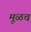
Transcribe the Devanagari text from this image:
मूळच